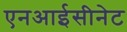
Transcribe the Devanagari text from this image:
एनआईसीनेट